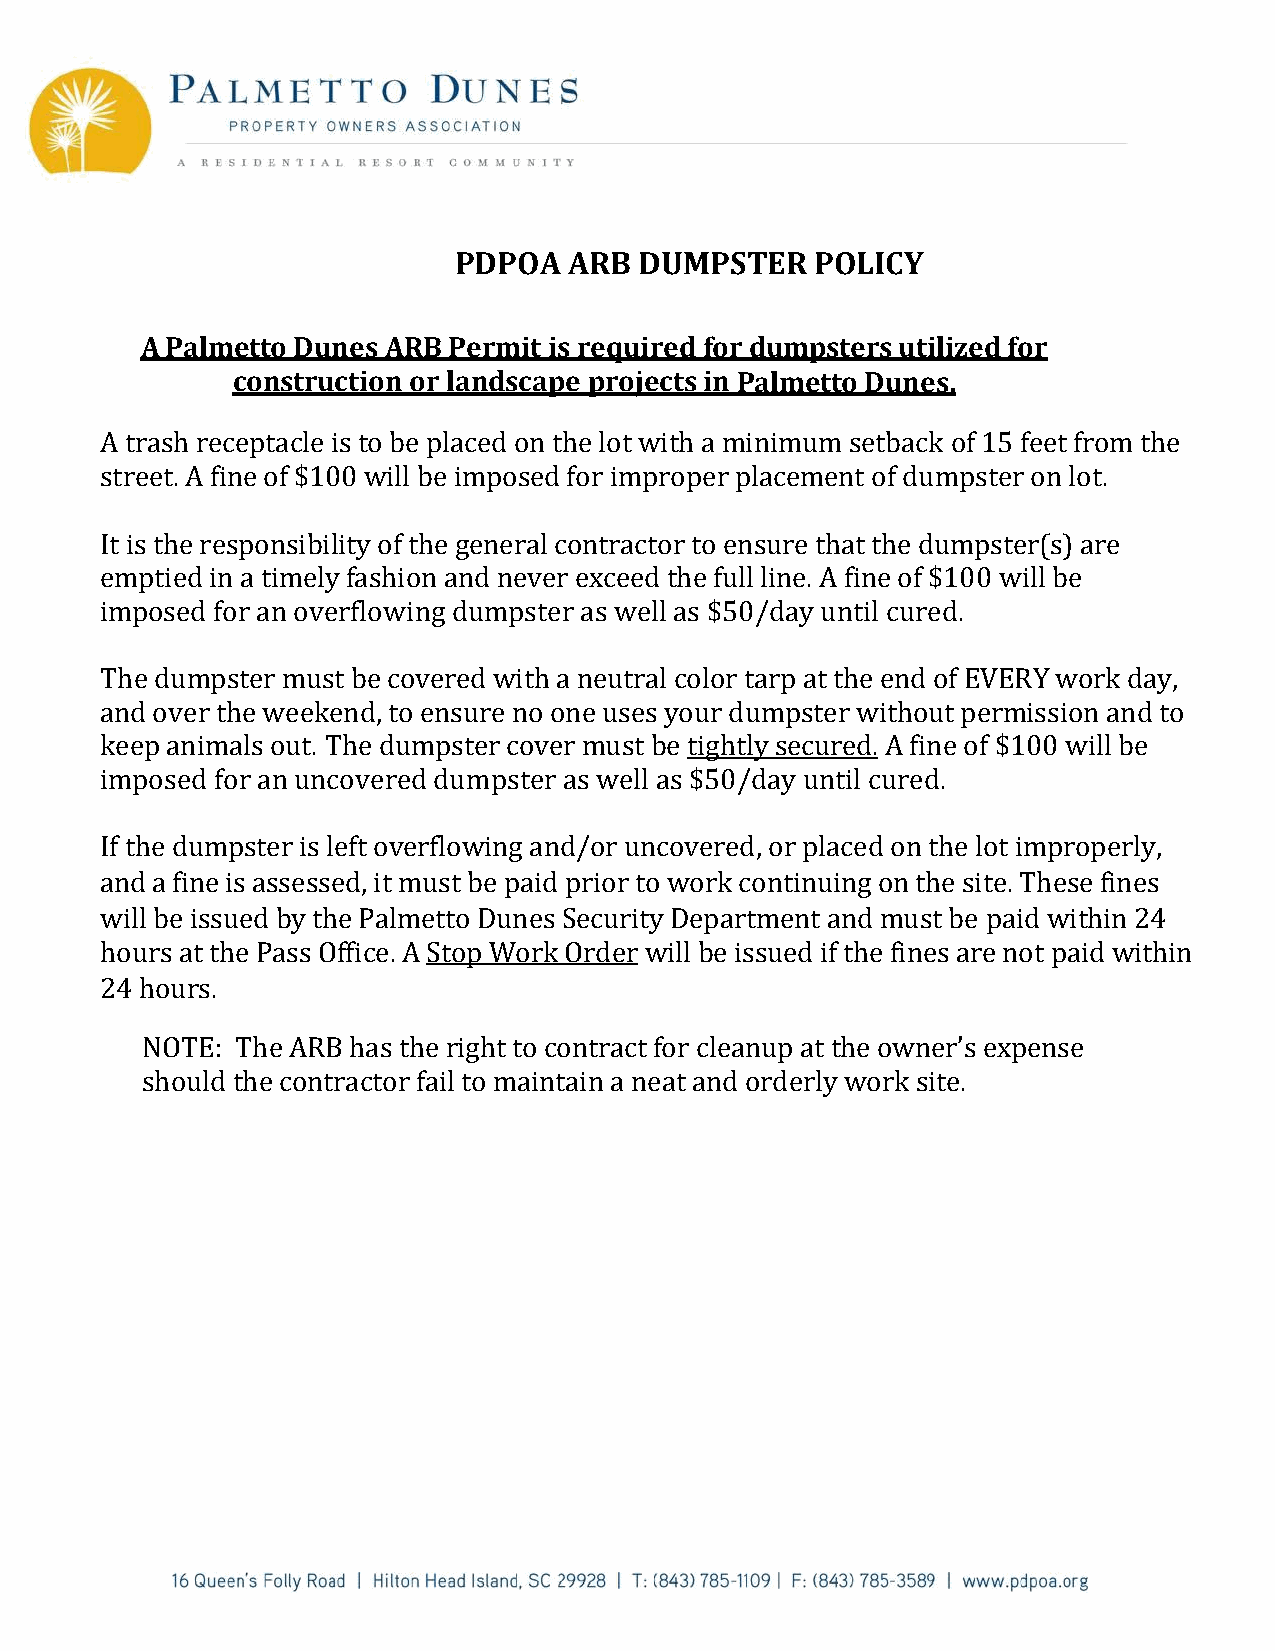
PDPOA   ARB DUMPSTER    POLICY
 A Palmetto Dunes ARB Permit is required for dumpsters utilized for
 construction or landscape projects in Palmetto Dunes.
 A trash receptacle is to be placed on the lot with a minimum setback of 15 feet from the
 street. A fine of $100 will be imposed for improper placement of dumpster on lot.
 It is the responsibility of the general contractor to ensure that the dumpster(s) are
 emptied in a timely fashion and never exceed the full line. A fine of $100 will be
 imposed for an overflowing dumpster as well as $50/day until cured.
 The dumpster must be covered with a neutral color tarp at the end of EVERY work day,
 and over the weekend, to ensure no one uses your dumpster without permission and to
 keep animals out. The dumpster cover must be tightly secured. A fine of $100 will be
 imposed for an uncovered dumpster as well as $50/day until cured.
 If the dumpster is left overflowing and/or uncovered, or placed on the lot improperly,
 and a fine is assessed, it must be paid prior to work continuing on the site. These fines
 will be issued by the Palmetto Dunes Security Department and must be paid within 24
 hours at the Pass Office. A Stop Work Order will be issued if the fines are not paid within
 24 hours.
 NOTE:  The ARB has the right to contract for cleanup at the owner’s expense
 should the contractor fail to maintain a neat and orderly work site.